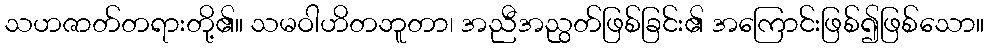
သဟဇာတ်တရားတို့၏။ သမဝါဟိတဘူတာ၊ အညီအညွတ်ဖြစ်ခြင်း၏ အကြောင်းဖြစ်၍ဖြစ်သော။